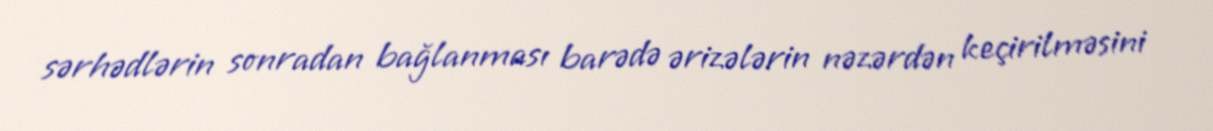
sərhədlərin sonradan bağlanması barədə ərizələrin nəzərdən keçirilməsini